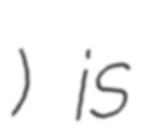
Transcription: Мөст) is